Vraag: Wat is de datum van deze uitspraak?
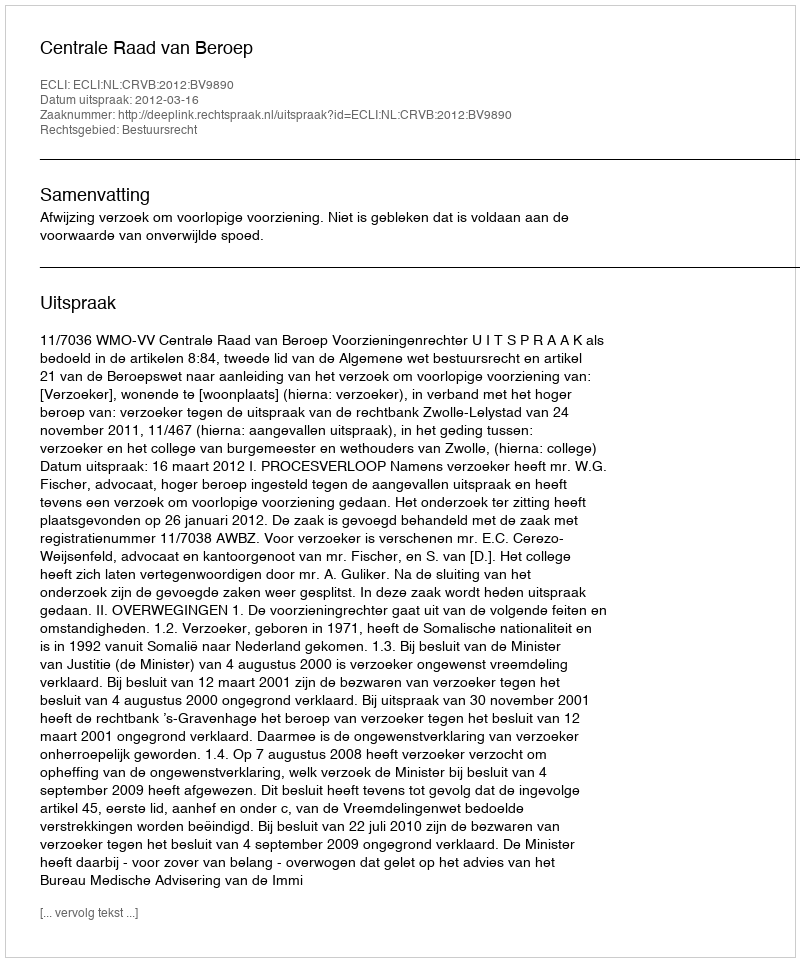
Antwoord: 2012-03-16